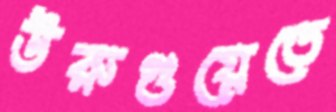
উরুগুয়েতে